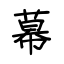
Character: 幕